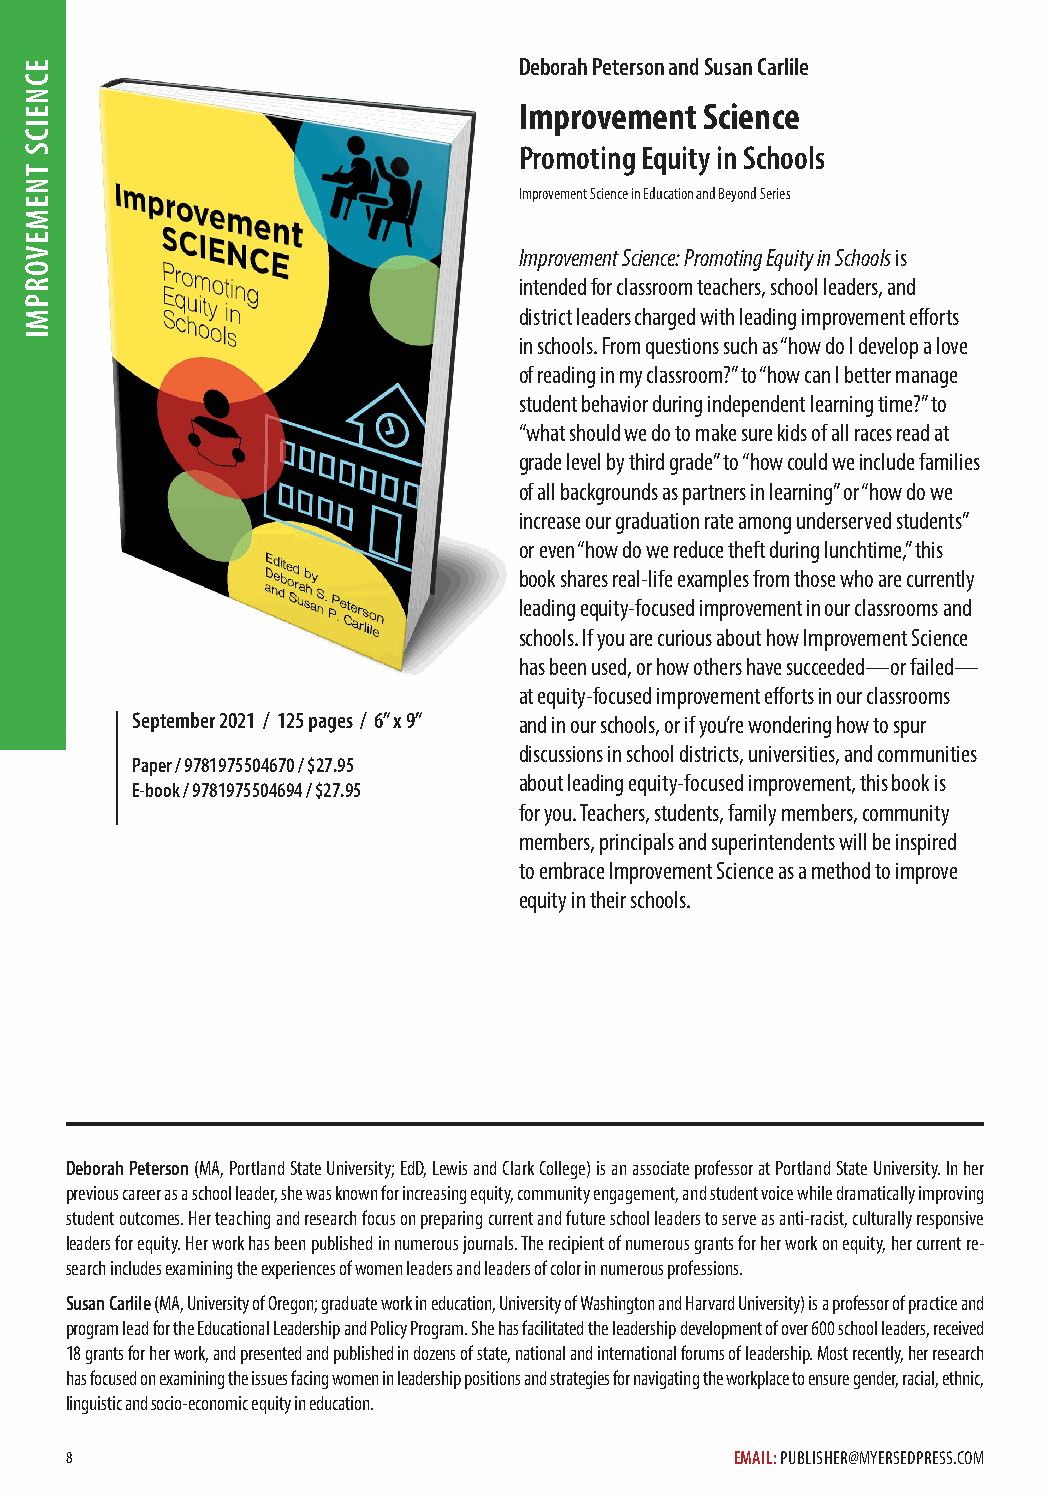
Deborah Peterson and Susan Carlile
 Improvement  Science
 Promoting Equity in Schools
 Improvement Science in Education and Beyond Series
 Improvement Science: Promoting Equity in Schools is
 intended for classroom teachers, school leaders, and
 district leaders charged with leading improvement efforts
 in schools. From questions such as “how do I develop a love
 of reading in my classroom?” to “how can I better manage
 student behavior during independent learning time?” to
 “what should we do to make sure kids of all races read at
 grade level by third grade” to “how could we include families
 of all backgrounds as partners in learning” or “how do we
 increase our graduation rate among underserved students”
 or even “how do we reduce theft during lunchtime,” this
 book shares real-life examples from those who are currently
 leading equity-focused improvement in our classrooms and
 schools. If you are curious about how Improvement Science
 has been used, or how others have succeeded—or failed—
 at equity-focused improvement efforts in our classrooms
 September 2021 / 125 pages / 6” x 9” and in our schools, or if you’re wondering how to spur
 discussions in school districts, universities, and communities
 Paper / 9781975504670 / $27.95
 about leading equity-focused improvement, this book is
 E-book / 9781975504694 / $27.95
 for you. Teachers, students, family members, community
 members, principals and superintendents will be inspired
 to embrace Improvement Science as a method to improve
 equity in their schools.
 Deborah Peterson (MA, Portland State University; EdD, Lewis and Clark College) is an associate professor at Portland State University. In her
 previous career as a school leader, she was known for increasing equity, community engagement, and student voice while dramatically improving
 student outcomes. Her teaching and research focus on preparing current and future school leaders to serve as anti-racist, culturally responsive
 leaders for equity. Her work has been published in numerous journals. The recipient of numerous grants for her work on equity, her current re-
 search includes examining the experiences of women leaders and leaders of color in numerous professions.
 Susan Carlile (MA, University of Oregon; graduate work in education, University of Washington and Harvard University) is a professor of practice and
 program lead for the Educational Leadership and Policy Program. She has facilitated the leadership development of over 600 school leaders, received
 18 grants for her work, and presented and published in dozens of state, national and international forums of leadership. Most recently, her research
 has focused on examining the issues facing women in leadership positions and strategies for navigating the workplace to ensure gender, racial, ethnic,
 linguistic and socio-economic equity in education.
 8                                            EMAIL: PUBLISHER@MYERSEDPRESS.COM
 ECNEICS
 TNEMEVORPMI